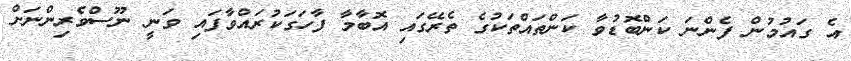
އެ ގައުމުން ފެންނަ ކަންބޮޑުވާ ކަންތައްތަކުގެ ތެރޭގައި އޮބާމާ ފާހަގަކުރައްވާފައި ވަނީ ނޫސްވެރިންނަށް